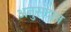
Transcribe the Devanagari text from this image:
अनुसंदान